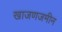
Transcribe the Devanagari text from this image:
खाजणजमीन